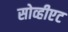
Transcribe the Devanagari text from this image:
सोव्हीएट